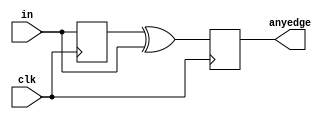
module top_module (
    input clk,
    input [7:0] in,
    output reg [7:0] anyedge
);

    reg [7:0]q;

    always @(posedge clk) begin
        q <= in;
        anyedge <= q ^ in;  //
    end


endmodule